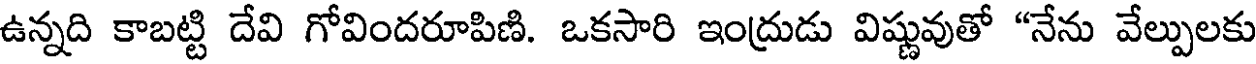
ఉన్నది కాబట్టి దేవి గోవిందరూపిణి. ఒకసారి ఇంద్రుడు విష్ణువుతో "నేను వేల్పులకు